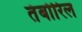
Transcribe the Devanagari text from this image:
तंबोरिल